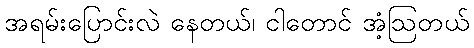
အရမ်းပြောင်းလဲ နေတယ်၊ ငါတောင် အံ့ဩတယ်